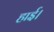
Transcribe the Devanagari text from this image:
हाई।